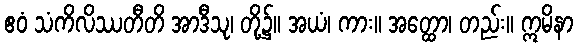
ဧဝံ သံကိလိဿတီတိ အာဒီသု၊ တို့၌။ အယံ၊ ကား။ အတ္ထော၊ တည်း။ ဣမိနာ